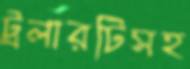
ট্রলারটিসহ